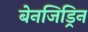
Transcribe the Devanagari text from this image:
बेनजिड्रिन